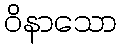
ဝိနာသော